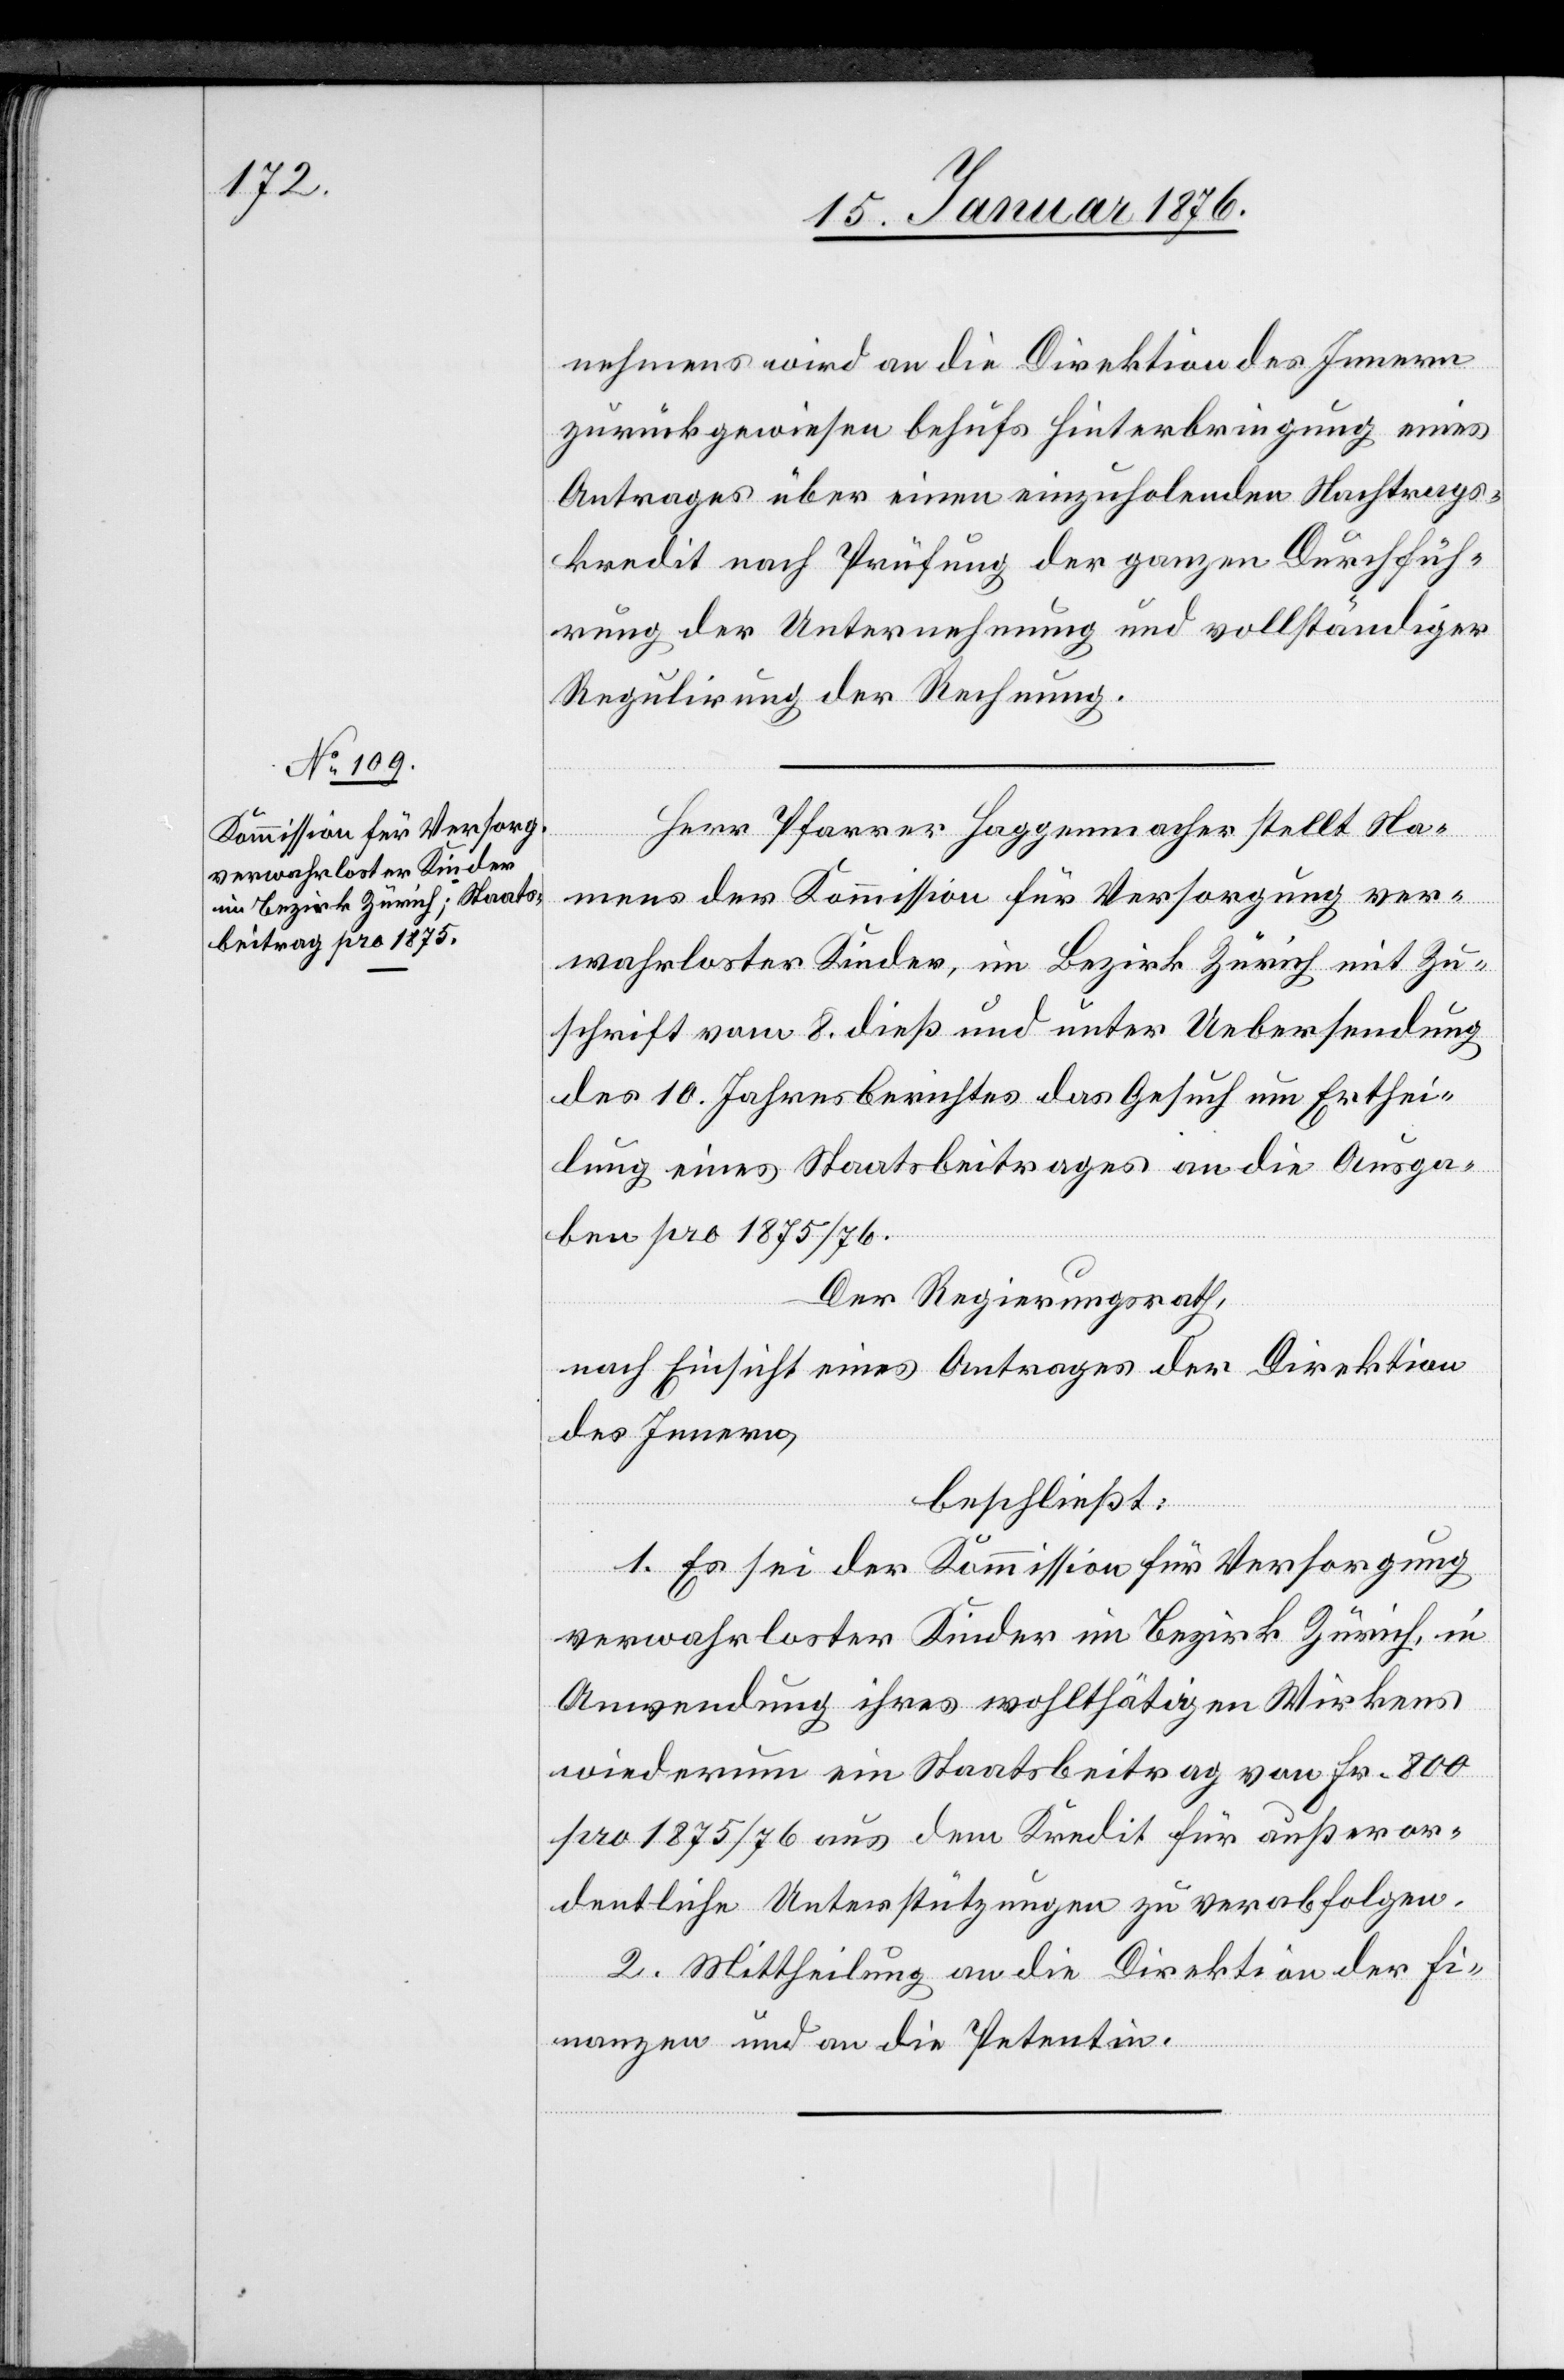
nehmens wird an die Direktion des Innern
zurückgewiesen behufs Hinterbringung eines
Antrages über einen einzuholenden Nachtrags¬
kredit nach Prüfung der ganzen Durchfüh¬
rung der Unternehmung und vollständiger
Regulirung der Rechnung.
Herr Pfarrer Haggenmacher stellt Na¬
mens der Kommission für Versorgung ver¬
wahrloster Kinder, im Bezirk Zürich mit Zu¬
schrift vom 8. dieß und unter Uebersendung
des 10. Jahresberichtes das Gesuch um Erthei¬
lung eines Staatsbeitrages an die Ausga¬
ben pro 1875/76.
Der Regierungsrath,
nach Einsicht eines Antrages der Direktion
des Innern,
beschließt:
1. Es sei der Kommission für Versorgung
verwahrloster Kinder im Bezirk Zürich, in
Anwendung ihres wohlthätigen Wirkens
wiederum ein Staatsbeitrag von Fr. 800
pro 1875/76 aus dem Kredit für außeror¬
dentliche Unterstützungen zu verabfolgen.
2. Mittheilung an die Direktion der Fi¬
nanzen und an die Petentin.